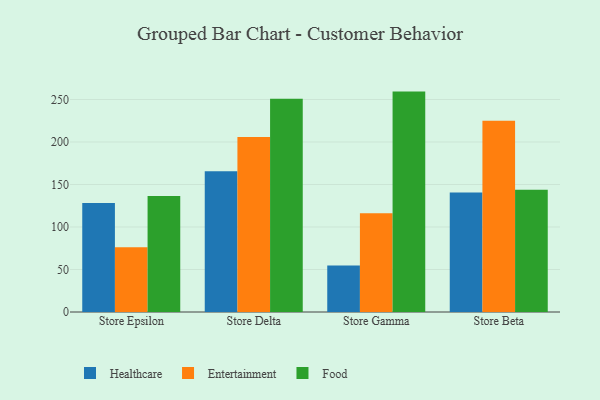
{"axis": {"x": "Store", "y": "Demand Index"}, "legend": ["Entertainment", "Food", "Healthcare"], "data": [{"x": "Store Epsilon", "y": 128.2, "type": "Healthcare"}, {"x": "Store Epsilon", "y": 76.3, "type": "Entertainment"}, {"x": "Store Epsilon", "y": 136.5, "type": "Food"}, {"x": "Store Delta", "y": 165.5, "type": "Healthcare"}, {"x": "Store Delta", "y": 205.8, "type": "Entertainment"}, {"x": "Store Delta", "y": 250.9, "type": "Food"}, {"x": "Store Gamma", "y": 54.7, "type": "Healthcare"}, {"x": "Store Gamma", "y": 116.3, "type": "Entertainment"}, {"x": "Store Gamma", "y": 259.3, "type": "Food"}, {"x": "Store Beta", "y": 140.5, "type": "Healthcare"}, {"x": "Store Beta", "y": 225.0, "type": "Entertainment"}, {"x": "Store Beta", "y": 143.9, "type": "Food"}]}